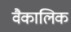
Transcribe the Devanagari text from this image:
वैकालिक